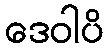
ဒေဝါပိ